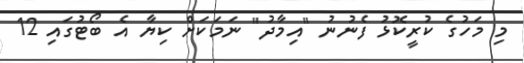
މި މަހުގެ ކުރީކޮޅު ފެނުނު "އިމާދު" ނަމަކަށް ކިޔާ އެ ބޯޓުގައި 12